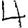
Digit: 4